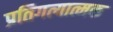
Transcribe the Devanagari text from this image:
प्रतिगत्यात्मक